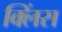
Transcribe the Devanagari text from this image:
क्लिंस